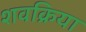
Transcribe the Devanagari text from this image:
शवक्रिया